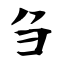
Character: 刍